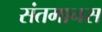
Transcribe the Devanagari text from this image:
संतमानस